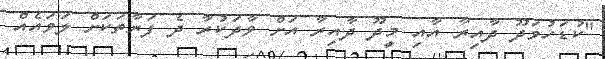
"ކުޑަހުވަދޫ ދާއިރާ އާއި މީދޫ ދާއިރާ އަށް ވާދަކުރާ ދެ ފަރާތަކަށް ލަވައެއް